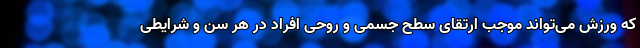
که ورزش می‌تواند موجب ارتقای سطح جسمی و روحی افراد در هر سن و شرایطی